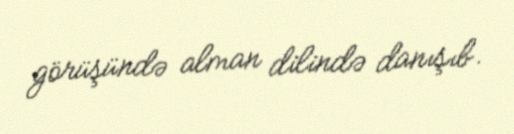
görüşündə alman dilində danışıb.